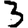
Digit: 3